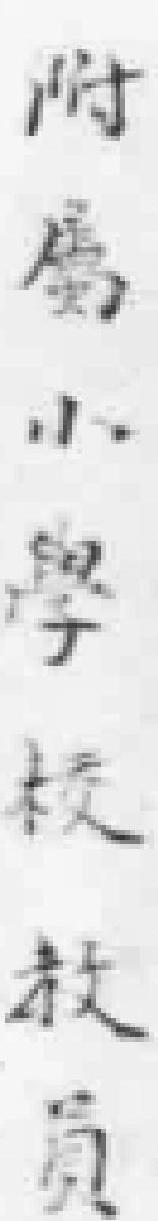
附属小學校教员